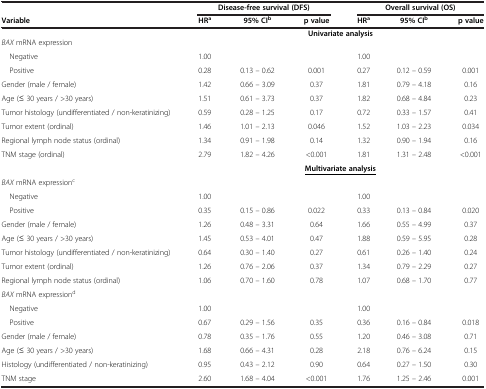
<table><thead><tr><td><b> </b></td><td colspan="3"><b>Disease-free survival (DFS)</b></td><td colspan="3"><b>Overall survival (OS)</b></td></tr><tr><td><b>Variable</b></td><td><b>HR<sup>a</sup></b></td><td><b>95% CI<sup>b</sup></b></td><td><b>p value</b></td><td><b>HR<sup>a</sup></b></td><td><b>95% CI<sup>b</sup></b></td><td><b>p value</b></td></tr><tr><td><b> </b></td><td colspan="6"><b>Univariate analysis</b></td></tr></thead><tbody><tr><td><i>BAX</i> mRNA expression</td><td> </td><td> </td><td> </td><td> </td><td> </td><td> </td></tr><tr><td> Negative</td><td>1.00</td><td> </td><td> </td><td>1.00</td><td> </td><td> </td></tr><tr><td> Positive</td><td>0.28</td><td>0.13 – 0.62</td><td>0.001</td><td>0.27</td><td>0.12 – 0.59</td><td>0.001</td></tr><tr><td>Gender (male / female)</td><td>1.42</td><td>0.66 – 3.09</td><td>0.37</td><td>1.81</td><td>0.79 – 4.18</td><td>0.16</td></tr><tr><td>Age (≤ 30 years / &gt;30 years)</td><td>1.51</td><td>0.61 – 3.73</td><td>0.37</td><td>1.82</td><td>0.68 – 4.84</td><td>0.23</td></tr><tr><td>Tumor histology (undifferentiated / non-keratinizing)</td><td>0.59</td><td>0.28 – 1.25</td><td>0.17</td><td>0.72</td><td>0.33 – 1.57</td><td>0.41</td></tr><tr><td>Tumor extent (ordinal)</td><td>1.46</td><td>1.01 – 2.13</td><td>0.046</td><td>1.52</td><td>1.03 – 2.23</td><td>0.034</td></tr><tr><td>Regional lymph node status (ordinal)</td><td>1.34</td><td>0.91 – 1.98</td><td>0.14</td><td>1.32</td><td>0.90 – 1.94</td><td>0.16</td></tr><tr><td>TNM stage (ordinal)</td><td>2.79</td><td>1.82 – 4.26</td><td>&lt;0.001</td><td>1.81</td><td>1.31 – 2.48</td><td>&lt;0.001</td></tr><tr><td> </td><td colspan="6"><b><underline>Multivariate analysis</underline></b></td></tr><tr><td><i>BAX</i> mRNA expression<sup>c</sup></td><td> </td><td> </td><td> </td><td> </td><td> </td><td> </td></tr><tr><td> Negative</td><td>1.00</td><td> </td><td> </td><td>1.00</td><td> </td><td> </td></tr><tr><td> Positive</td><td>0.35</td><td>0.15 – 0.86</td><td>0.022</td><td>0.33</td><td>0.13 – 0.84</td><td>0.020</td></tr><tr><td>Gender (male / female)</td><td>1.26</td><td>0.48 – 3.31</td><td>0.64</td><td>1.66</td><td>0.55 – 4.99</td><td>0.37</td></tr><tr><td>Age (≤ 30 years / &gt;30 years)</td><td>1.45</td><td>0.53 – 4.01</td><td>0.47</td><td>1.88</td><td>0.59 – 5.95</td><td>0.28</td></tr><tr><td>Tumor histology (undifferentiated / non-keratinizing)</td><td>0.64</td><td>0.30 – 1.40</td><td>0.27</td><td>0.61</td><td>0.26 – 1.40</td><td>0.24</td></tr><tr><td>Tumor extent (ordinal)</td><td>1.26</td><td>0.76 – 2.06</td><td>0.37</td><td>1.34</td><td>0.79 – 2.29</td><td>0.27</td></tr><tr><td>Regional lymph node status (ordinal)</td><td>1.06</td><td>0.70 – 1.60</td><td>0.78</td><td>1.07</td><td>0.68 – 1.70</td><td>0.77</td></tr><tr><td><i>BAX</i> mRNA expression<sup>d</sup></td><td> </td><td> </td><td> </td><td> </td><td> </td><td> </td></tr><tr><td> Negative</td><td>1.00</td><td> </td><td> </td><td>1.00</td><td> </td><td> </td></tr><tr><td> Positive</td><td>0.67</td><td>0.29 – 1.56</td><td>0.35</td><td>0.36</td><td>0.16 – 0.84</td><td>0.018</td></tr><tr><td>Gender (male / female)</td><td>0.78</td><td>0.35 – 1.76</td><td>0.55</td><td>1.20</td><td>0.46 – 3.08</td><td>0.71</td></tr><tr><td>Age (≤ 30 years / &gt;30 years)</td><td>1.68</td><td>0.66 – 4.31</td><td>0.28</td><td>2.18</td><td>0.76 – 6.24</td><td>0.15</td></tr><tr><td>Histology (undifferentiated / non-keratinizing)</td><td>0.95</td><td>0.43 – 2.12</td><td>0.90</td><td>0.64</td><td>0.27 – 1.50</td><td>0.30</td></tr><tr><td>TNM stage</td><td>2.60</td><td>1.68 – 4.04</td><td>&lt;0.001</td><td>1.76</td><td>1.25 – 2.46</td><td>0.001</td></tr></tbody></table>